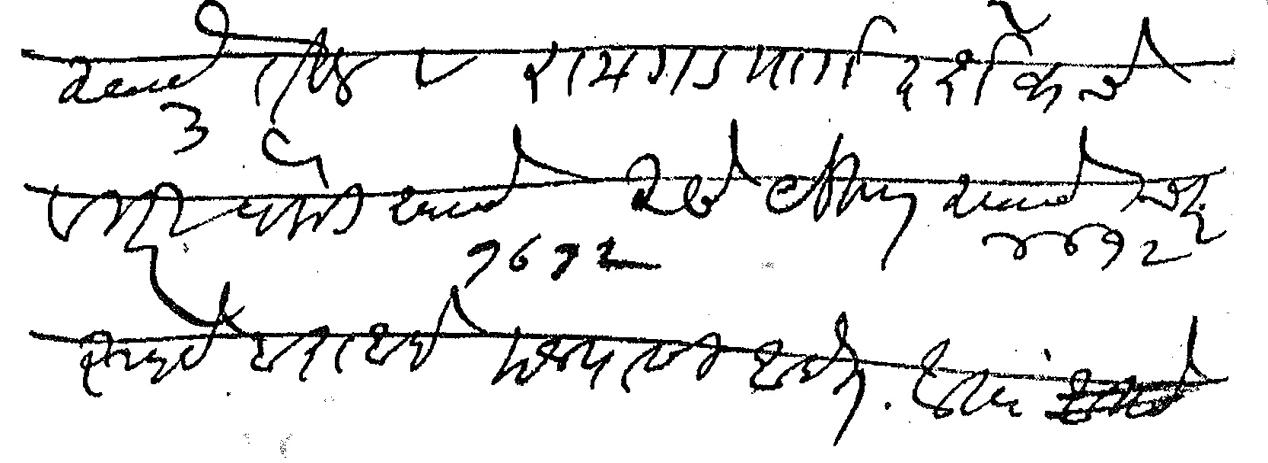
Transliteration (Devanagari): रुपये ३ तीन व रायगड मार्गदर्शकचे विक्रीपैकी रुपये १७१२ असे येकूण रुपये ४७१२ चार रुपये बाराआणे मजपासी आहेत आता